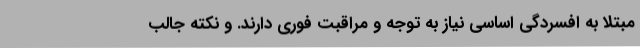
مبتلا به افسردگی اساسی نیاز به توجه و مراقبت فوری دارند. و نکته جالب